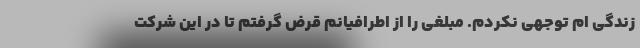
زندگی ام توجهی نکردم. مبلغی را از اطرافیانم قرض گرفتم تا در این شرکت